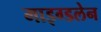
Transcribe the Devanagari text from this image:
माइग्डलेन